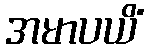
အမာပယိံ